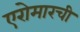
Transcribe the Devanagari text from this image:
एरोमारची